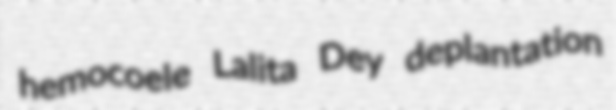
hemocoele Lalita Dey deplantation